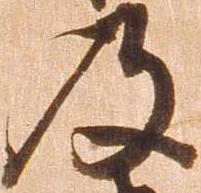
及